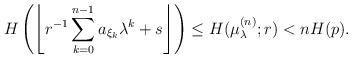
LaTeX: \begin{align*}H\left(\left\lfloor r^{-1}\sum_{k=0}^{n-1}a_{\xi_k}\lambda^{k}+s\right\rfloor \right)\le H(\mu_{\lambda}^{(n)};r)<nH(p).\end{align*}